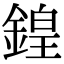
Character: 鍠